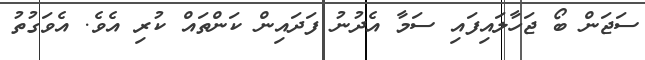
ސަޖަން ބޯ ޖަހާލައިފައި ސަމާ އެދުނު ފަދައިން ކަންތައް ކުރި އެވެ. އެވަގުތު